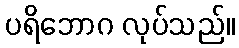
ပရိဘောဂ လုပ်သည်။